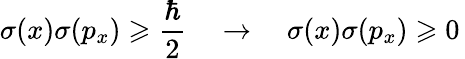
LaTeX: \sigma(x)\sigma(p_{x})\geqslant{\frac{\hbar}{2}}\quad\rightarrow\quad\sigma(x)\sigma(p_{x})\geqslant 0\,